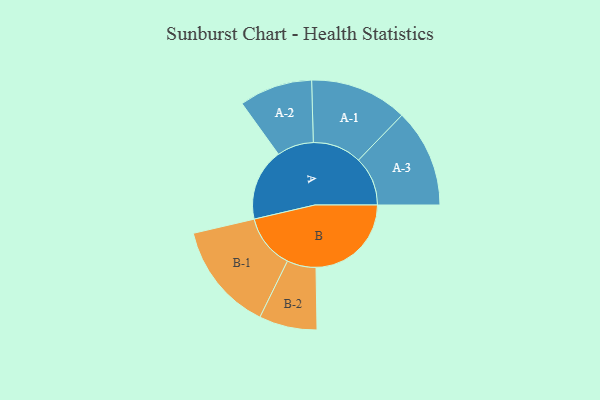
{"axis": {"x": "Segment", "y": "Value"}, "legend": ["", "A", "B"], "data": [{"x": "A", "y": 378, "type": ""}, {"x": "B", "y": 500, "type": ""}, {"x": "A-1", "y": 256, "type": "A"}, {"x": "A-2", "y": 192, "type": "A"}, {"x": "A-3", "y": 258, "type": "A"}, {"x": "B-1", "y": 285, "type": "B"}, {"x": "B-2", "y": 152, "type": "B"}]}